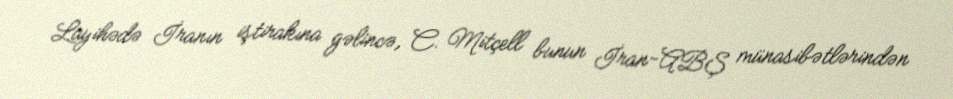
Layihədə İranın iştirakına gəlincə, C. Mitçell bunun İran-ABŞ münasibətlərindən